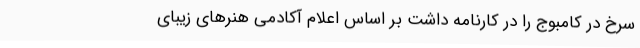
سرخ در کامبوج را در کارنامه داشت بر اساس اعلام آکادمی هنرهای زیبای